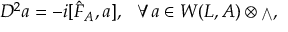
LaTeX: { \cal D } ^ { 2 } a = - i [ { \hat { F } } _ { A } , a ] , \ \ \forall a \in W ( L , { \cal A } ) \otimes { \scriptstyle \bigwedge } ,